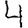
Digit: 4